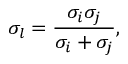
\sigma _ { l } = \frac { \sigma _ { i } \sigma _ { j } } { \sigma _ { i } + \sigma _ { j } } ,